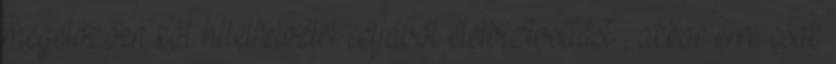
megelőzően köt hitelfelvétel céljából életbiztosítást , akkor erre csak